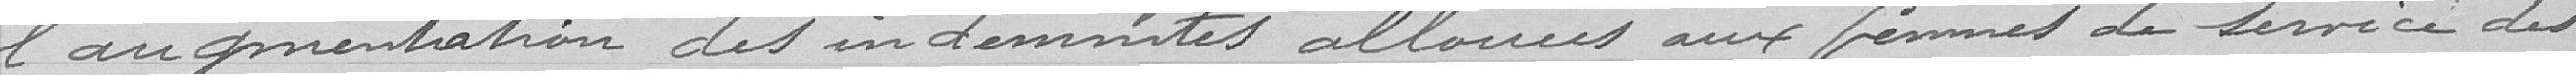
l'augmentation des indemnités allouées aux femmes de service des